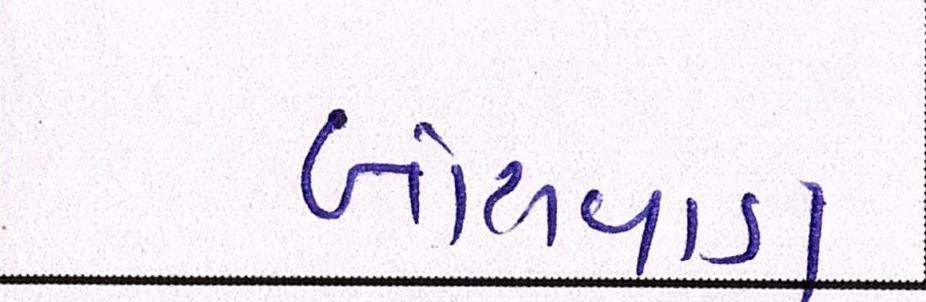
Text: બાંસવાડા